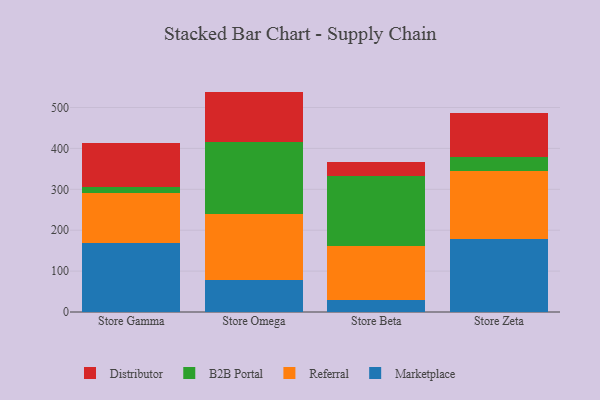
{"axis": {"x": "Store", "y": "Shipments"}, "legend": ["B2B Portal", "Distributor", "Marketplace", "Referral"], "data": [{"x": "Store Gamma", "y": 167.9, "type": "Marketplace"}, {"x": "Store Gamma", "y": 123.8, "type": "Referral"}, {"x": "Store Gamma", "y": 13.6, "type": "B2B Portal"}, {"x": "Store Gamma", "y": 107.8, "type": "Distributor"}, {"x": "Store Omega", "y": 77.4, "type": "Marketplace"}, {"x": "Store Omega", "y": 162.9, "type": "Referral"}, {"x": "Store Omega", "y": 175.8, "type": "B2B Portal"}, {"x": "Store Omega", "y": 122.8, "type": "Distributor"}, {"x": "Store Beta", "y": 29.0, "type": "Marketplace"}, {"x": "Store Beta", "y": 133.0, "type": "Referral"}, {"x": "Store Beta", "y": 170.9, "type": "B2B Portal"}, {"x": "Store Beta", "y": 34.4, "type": "Distributor"}, {"x": "Store Zeta", "y": 178.7, "type": "Marketplace"}, {"x": "Store Zeta", "y": 166.1, "type": "Referral"}, {"x": "Store Zeta", "y": 34.2, "type": "B2B Portal"}, {"x": "Store Zeta", "y": 106.5, "type": "Distributor"}]}